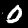
Digit: 0